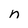
Character: n